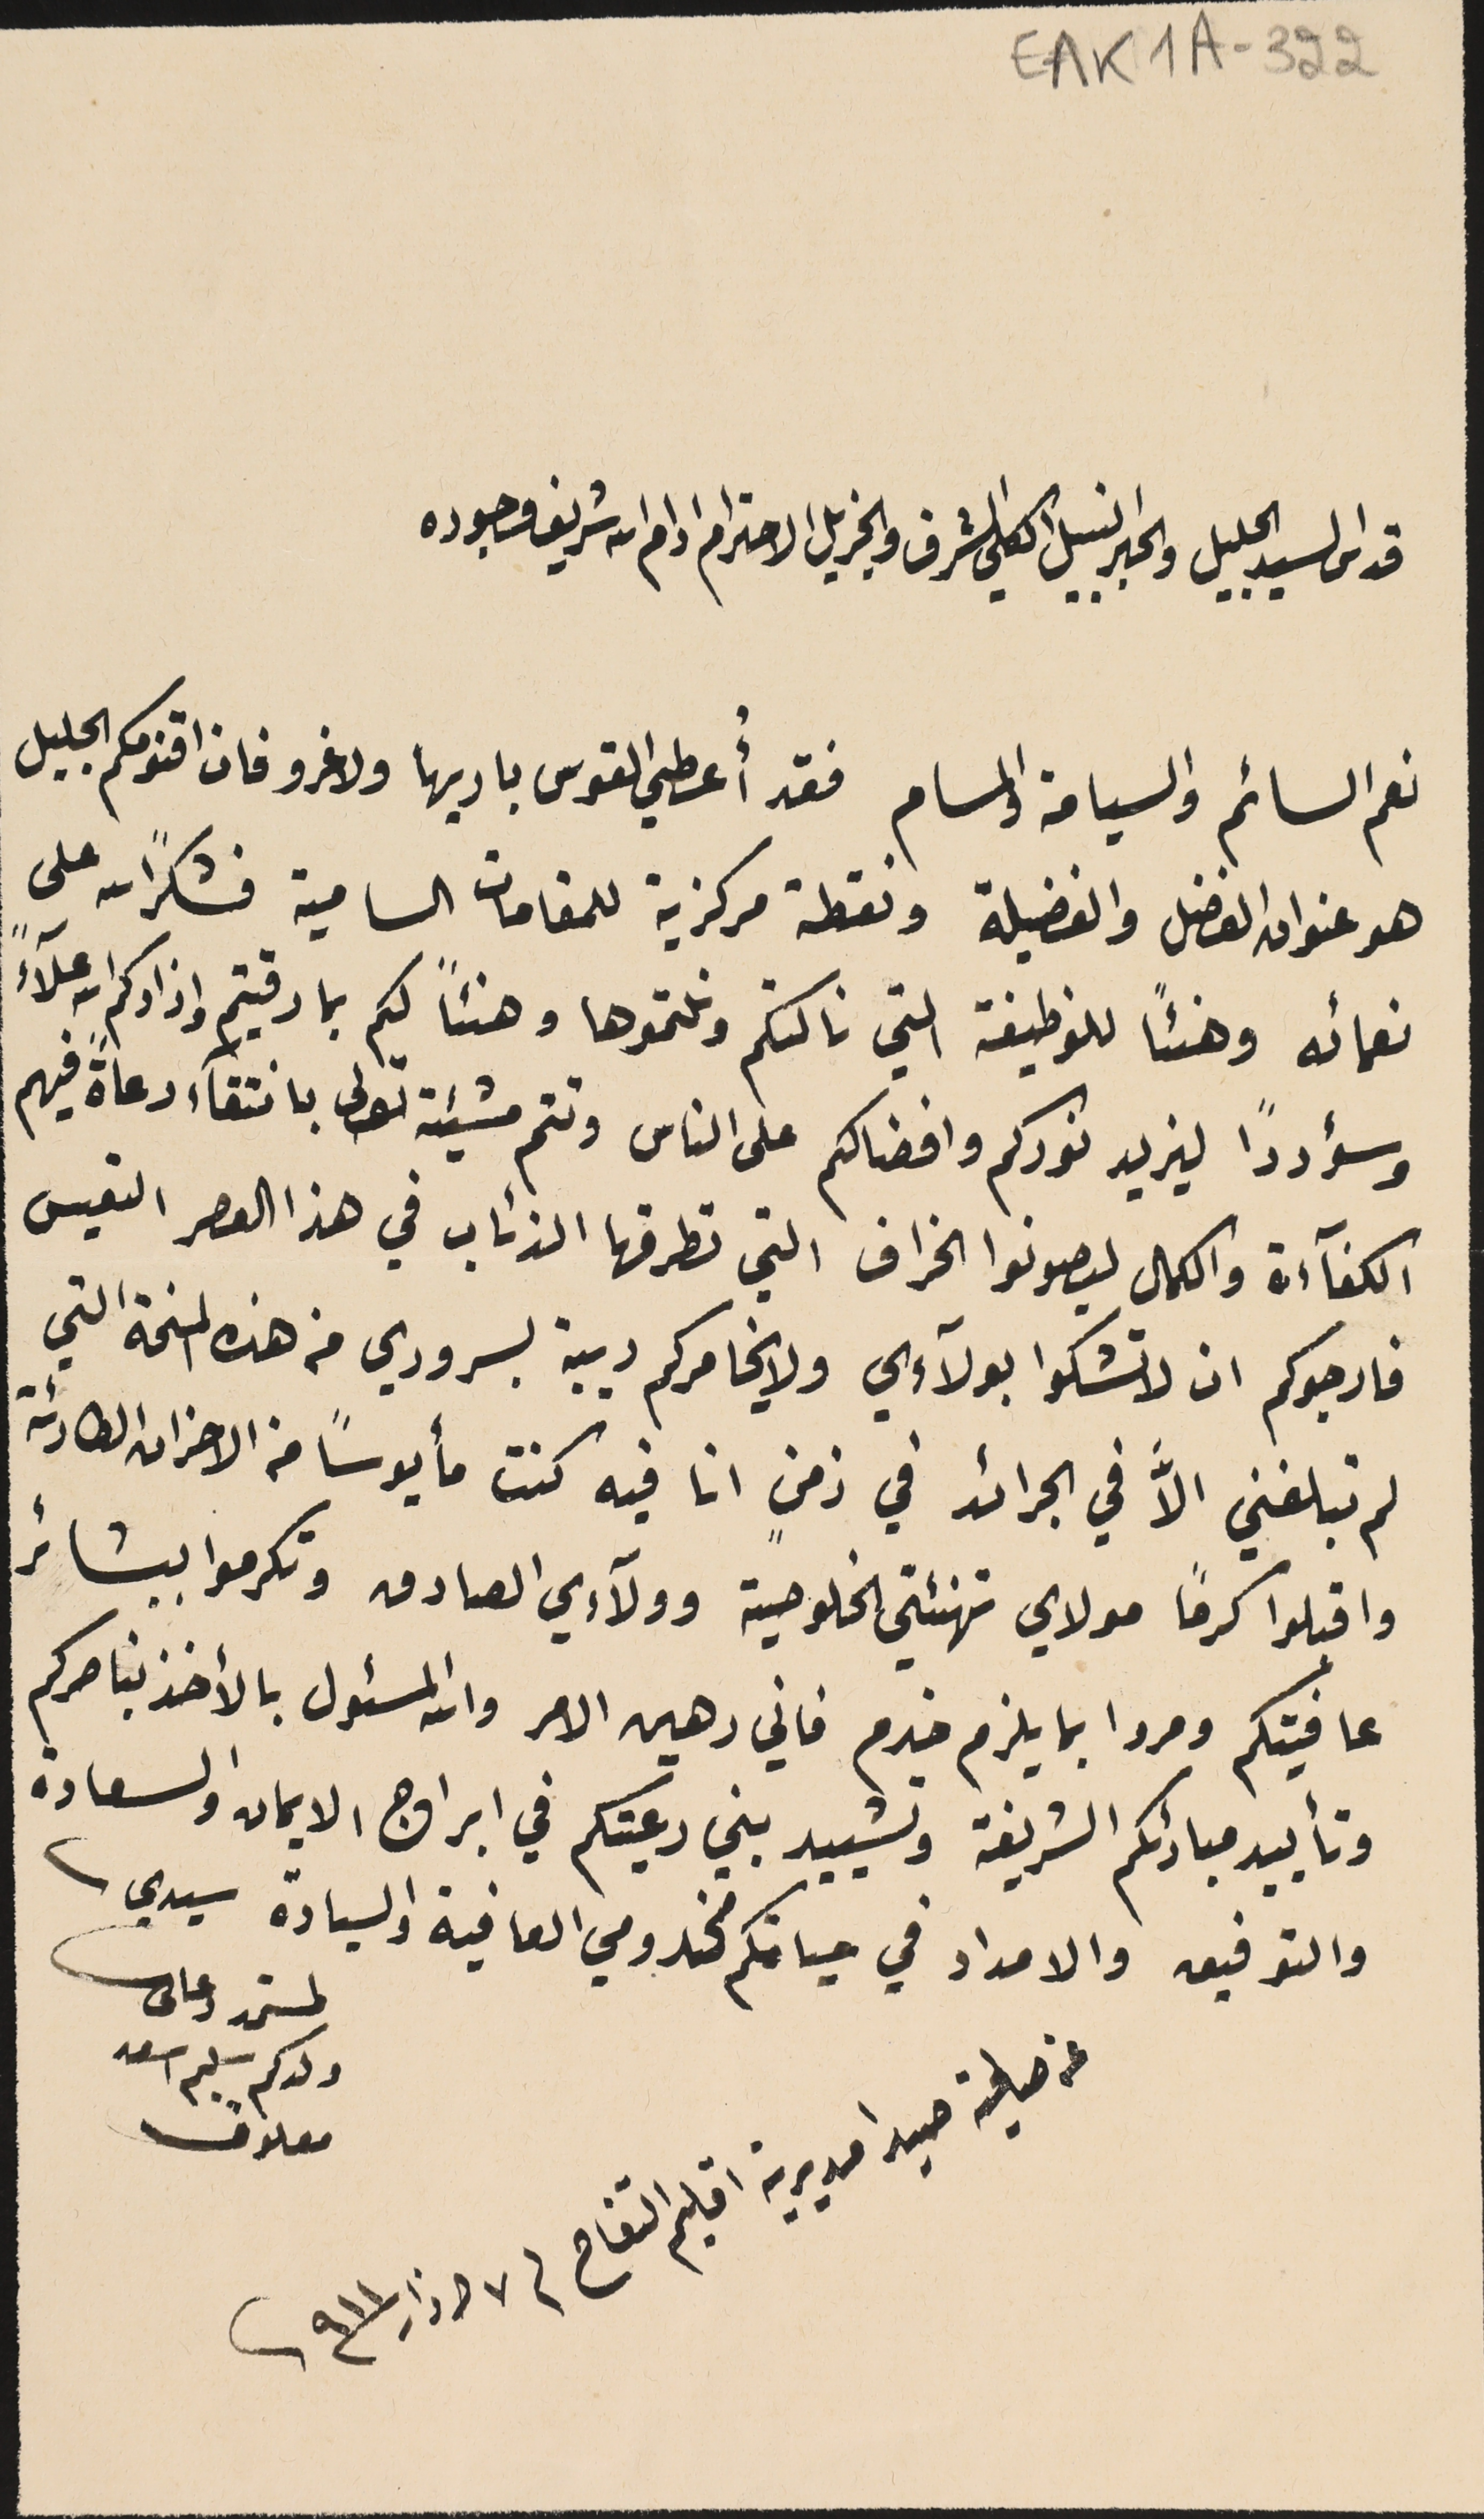
EAK1A - 322
قدس السيد الجليل والحبر النبيل الكلي الشرف والجزيل الاحترام ادام الله شريف وجوده
نعم السائم والسيامة والمسام فقد أُعطي القوس باريها ولا غرو فان اقنومكم الجليل
هو عنوان الفضل والفضيلة ونقطة مركزية للمقامات السامية فشكرًا لله على
نعمائه وهىئًا للوظيفة التي نالتكم ونلتموها وهنئًا لكم بما رقيتم واذادكم الله علآءً
 وسؤدداً ليزيد نوركم وافضالكم على الناس وتتم مشيئته تعالى بانتقآء رعاةً فيهم
 الكفآءة والكمال ليصونوا الخراف التي تطرقها الذئاب في هذا العصر التعيس
فارجوكم ان لا تشكوا بولآءي ولا يخامركم ديية بسروري من هذه المنحة التي
لم تبلغني الاَّ في الجرائد في زمنٍ انا فيه كنت مأيوساً من الاحران الطارئة
 واقبلوا كرمًا مولاي تهنئتي الخلوصية وولآءي الصادق وتكرموا ببشائر
عافيتكم ومروا بما يلزم خدم فاني رهين الامر والله المسئول بالأخذ بناصركم
وتأييد مبادئكم الشريفة وتشييد بني رعيتكم في ابراج الايمان والسعادة
والتوفيق والامداد في حياتكم مخدومي العافية والسيادة سيدي
عن صلحية صيد ا مديرية اقليم التفاح فى ٧ اذار ٩١١
لمستمد دعاىى
ولدكم سليم اسعد
معلوف